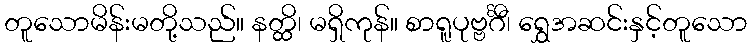
တူသောမိန်းမတို့သည်။ နတ္ထိ၊ မရှိကုန်။ စာရူပုဗ္ဗင်္ဂီ၊ ရွှေအဆင်းနှင့်တူသော